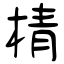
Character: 棈